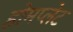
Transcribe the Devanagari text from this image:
होमप्लेट